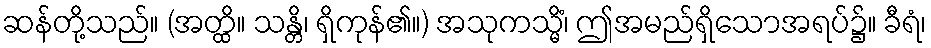
ဆန်တို့သည်။ (အတ္ထိ။ သန္တိ၊ ရှိကုန်၏။) အသုကသ္မိံ၊ ဤအမည်ရှိသောအရပ်၌။ ခီရံ၊